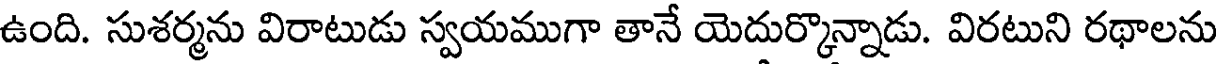
ఉంది. సుశర్మను విరాటుడు స్వయముగా తానే యెదుర్కొన్నాడు. విరటుని రథాలను